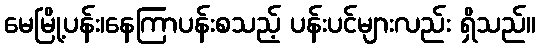
မေမြို့ပန်း၊နေကြာပန်းစသည့် ပန်းပင်များလည်း ရှိသည်။